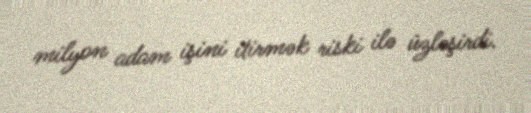
milyon adam işini itirmək riski ilə üzləşirdi.